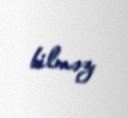
bilməz.